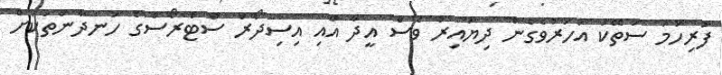
ފުރިހަމަ ސަތޭކަ އަހަރުވެގެން ދިޔައިރު ވެސް އީދާ އާއި އިސިދޯރް ސްޓްރޯސްގެ ހަނދާންތަކަށް